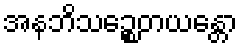
အနဘိသဉ္စေတယန္တော